Scottish Leaving Certificate Examination, 1957
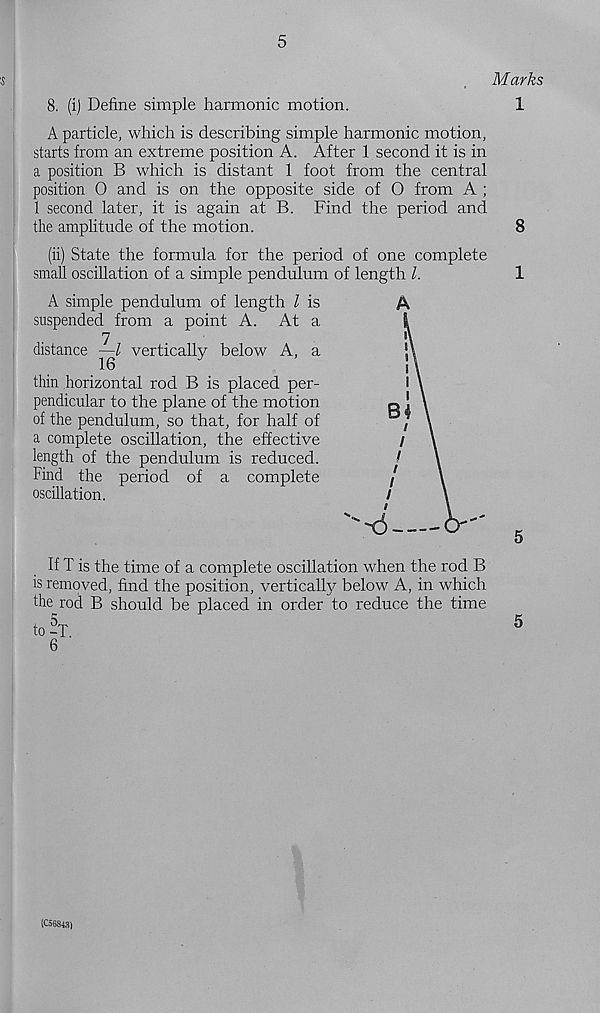
5
;s
Marks
8. (i) Define simple harmonic motion.
1
A particle, which is describing simple harmonic motion,
starts from an extreme position A. After 1 second it is in
a position B which is distant 1 foot from the central
position 0 and is on the opposite side of O from A ;
1 second later, it is again at B. Find the period and
the amplitude of the motion.
8
(ii) State the formula for the period of one complete
small oscillation of a simple pendulum of length l.
1
A simple pendulum of length l is
suspended from a point A. At a
7
distance —Z vertically below A, a
thin horizontal rod B is placed per-
pendicular to the plane of the motion
of the pendulum, so that, for half of
a complete oscillation, the effective
length of the pendulum is reduced.
Find the period of a complete
oscillation.
If T is the time of a complete oscillation when the rod B
is removed, find the position, vertically below A, in which
the rod B should be placed in order to reduce the time
to -T.
5
6
(C56S43)